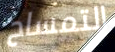
التمساح